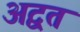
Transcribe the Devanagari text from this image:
अद्वत